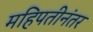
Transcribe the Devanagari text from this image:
महिपतीनंतर